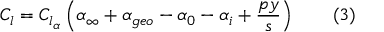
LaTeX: C _ { l } = C _ { l _ { \alpha } } \left( \alpha _ { \infty } + \alpha _ { g e o } - \alpha _ { 0 } - \alpha _ { i } + { \frac { p y } { s } } \right) \qquad ( 3 )